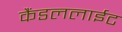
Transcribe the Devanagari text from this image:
कैंडललाईट